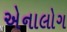
એનાલોગ